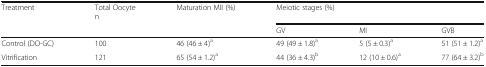
<table><thead><tr><td><b>Treatment</b></td><td><b>Total Oocyten</b></td><td><b>Maturation MII (%)</b></td><td colspan="3"><b>Meiotic stages (%)</b></td></tr><tr><td></td><td></td><td></td><td><b>GV</b></td><td><b>MI</b></td><td><b>GVB</b></td></tr></thead><tbody><tr><td>Control (DO-GC)</td><td>100</td><td>46 (46 ± 4)<sup>a</sup></td><td>49 (49 ± 1.8)<sup>a</sup></td><td>5 (5 ± 0.3)<sup>a</sup></td><td>51 (51 ± 1.2)<sup>a</sup></td></tr><tr><td>Vitrification</td><td>121</td><td>65 (54 ± 1.2)<sup>a</sup></td><td>44 (36 ± 4.3)<sup>b</sup></td><td>12 (10 ± 0.6)<sup>a</sup></td><td>77 (64 ± 3.2)<sup>b</sup></td></tr></tbody></table>